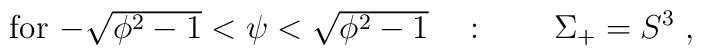
\mbox{for $-\sqrt{\phi^2-1}<\psi < \sqrt{\phi^2-1}$} \quad :\qquad \Sigma_+ = S^3 \; ,